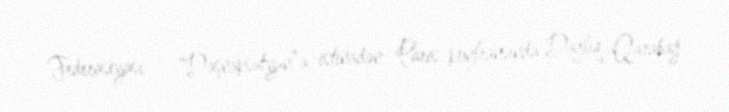
Federasiyası - “Daşnaksutyun”a istinadən Paris konfransında Dağlıq Qarabağ